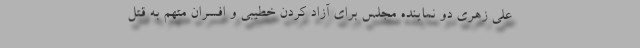
علی زهری دو نماینده مجلس برای آزاد کردن خطیبی و افسران متهم به قتل